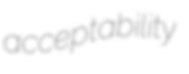
acceptability